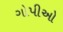
ગોપીઓ